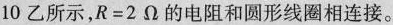
10乙所示，$$R = 2 \Omega$$的电阻和圆形线圈相连接。